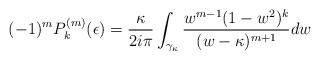
\begin{align*}(-1)^mP_k^{(m)}(\epsilon) = \frac{\kappa}{2i\pi}\int_{\gamma_{\kappa}} \frac{w^{m-1}(1-w^2)^{k}}{(w-\kappa)^{m+1}}dw\end{align*}